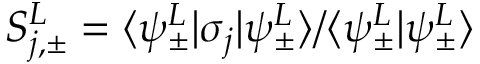
S _ { j , \pm } ^ { L } = \langle \psi _ { \pm } ^ { L } | \sigma _ { j } | \psi _ { \pm } ^ { L } \rangle / \langle \psi _ { \pm } ^ { L } | \psi _ { \pm } ^ { L } \rangle